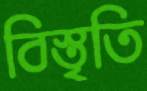
বিস্তৃতি